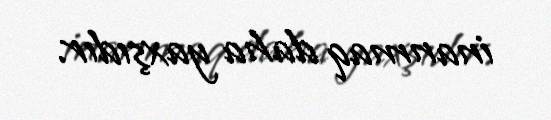
inanmaq daha yaxşıdır.